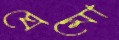
ঘেমো